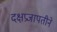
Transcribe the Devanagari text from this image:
दक्षप्रजापतीने